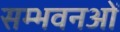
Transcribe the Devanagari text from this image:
सम्भवनओं